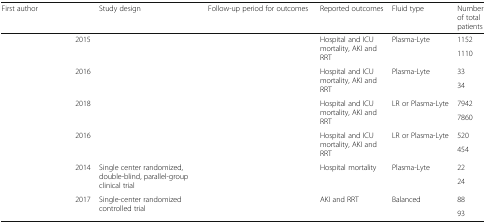
<table><thead><tr><td><b>First author</b></td><td>[EMPTY_CELL]</td><td><b>Study design</b></td><td><b>Follow-up period for outcomes</b></td><td><b>Reported outcomes</b></td><td><b>Fluid type</b></td><td><b>Number of total patients</b></td></tr></thead><tbody><tr><td rowspan="2">[EMPTY_CELL]</td><td rowspan="2">2015</td><td rowspan="2">[EMPTY_CELL]</td><td rowspan="2">[EMPTY_CELL]</td><td rowspan="2">Hospital and ICU mortality, AKI and RRT</td><td>Plasma-Lyte</td><td>1152</td></tr><tr><td>[EMPTY_CELL]</td><td>1110</td></tr><tr><td rowspan="2">[EMPTY_CELL]</td><td rowspan="2">2016</td><td rowspan="2">[EMPTY_CELL]</td><td rowspan="2">[EMPTY_CELL]</td><td rowspan="2">Hospital and ICU mortality, AKI and RRT</td><td>Plasma-Lyte</td><td>33</td></tr><tr><td>[EMPTY_CELL]</td><td>34</td></tr><tr><td rowspan="2">[EMPTY_CELL]</td><td rowspan="2">2018</td><td rowspan="2">[EMPTY_CELL]</td><td rowspan="2">[EMPTY_CELL]</td><td rowspan="2">Hospital and ICU mortality, AKI and RRT</td><td>LR or Plasma-Lyte</td><td>7942</td></tr><tr><td>[EMPTY_CELL]</td><td>7860</td></tr><tr><td rowspan="2">[EMPTY_CELL]</td><td rowspan="2">2016</td><td rowspan="2">[EMPTY_CELL]</td><td rowspan="2">[EMPTY_CELL]</td><td rowspan="2">Hospital and ICU mortality, AKI and RRT</td><td>LR or Plasma-Lyte</td><td>520</td></tr><tr><td>[EMPTY_CELL]</td><td>454</td></tr><tr><td rowspan="2">[EMPTY_CELL]</td><td rowspan="2">2014</td><td rowspan="2">Single center randomized, double-blind, parallel-group clinical trial</td><td rowspan="2">[EMPTY_CELL]</td><td rowspan="2">Hospital mortality</td><td>Plasma-Lyte</td><td>22</td></tr><tr><td>[EMPTY_CELL]</td><td>24</td></tr><tr><td rowspan="2">[EMPTY_CELL]</td><td rowspan="2">2017</td><td rowspan="2">Single-center randomized controlled trial</td><td rowspan="2">[EMPTY_CELL]</td><td rowspan="2">AKI and RRT</td><td>Balanced</td><td>88</td></tr><tr><td>[EMPTY_CELL]</td><td>93</td></tr></tbody></table>